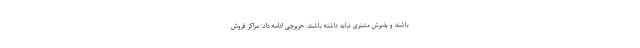
باشند و پذیرش مشتری نباید داشته باشند. حریرچی ادامه داد: مراکز فروش